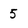
Character: 5